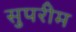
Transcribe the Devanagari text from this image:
सुपरीम